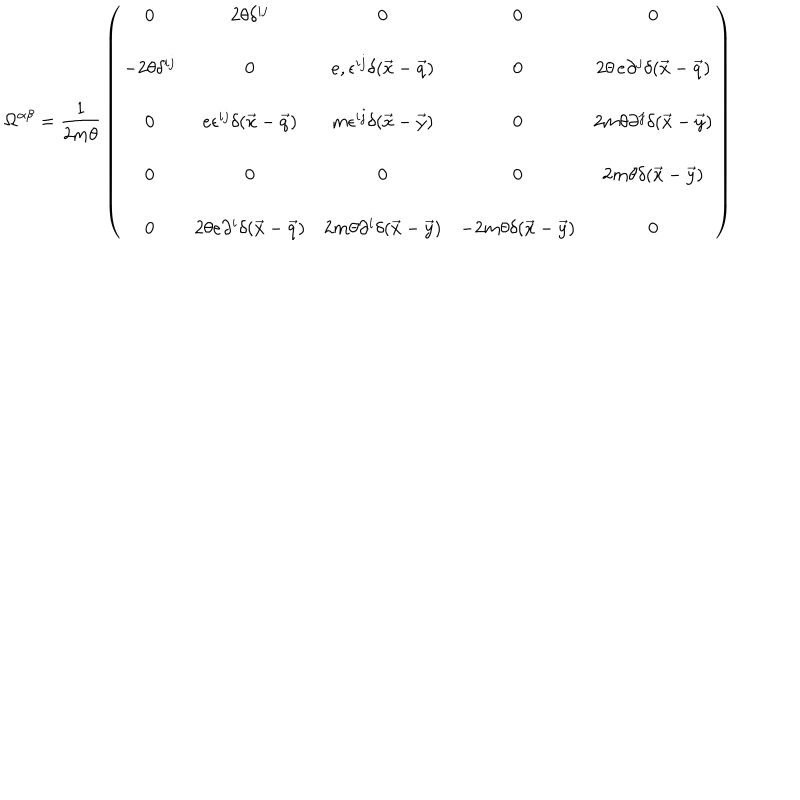
LaTeX: { \Omega } ^ { \alpha \beta } = { \frac { 1 } { 2 m \theta } } \left( \begin{array} { c c c c c } { { 0 } } & { { 2 \theta \delta ^ { i j } } } & { { 0 } } & { { 0 } } & { { 0 } } \\ { { - 2 \theta \delta ^ { i j } } } & { { 0 } } & { { { e } , \epsilon ^ { i j } \delta ( \vec { x } - \vec { q } ) } } & { { 0 } } & { { 2 \theta \, e \partial ^ { j } \delta ( \vec { x } - \vec { q } ) } } \\ { { 0 } } & { { { e } \epsilon ^ { i j } \delta ( \vec { x } - \vec { q } ) } } & { { m \epsilon ^ { i j } \delta ( \vec { x } - \vec { y } ) } } & { { 0 } } & { { 2 m \theta \partial ^ { j } \delta ( \vec { x } - \vec { y } ) } } \\ { { 0 } } & { { 0 } } & { { 0 } } & { { 0 } } & { { 2 m \theta \delta ( \vec { x } - \vec { y } ) } } \\ { { 0 } } & { { 2 \theta { e } \partial ^ { i } \delta ( \vec { x } - \vec { q } ) } } & { { 2 m \theta \partial ^ { i } \delta ( \vec { x } - \vec { y } ) } } & { { - 2 m \theta \delta ( \vec { x } - \vec { y } ) } } & { { 0 } } \\ \end{array} \right)